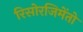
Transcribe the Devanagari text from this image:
रिसोरजिमेंतो